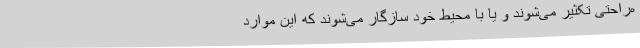
ه‌راحتی تکثیر می‌شوند و یا با محیط خود سازگار می‌شوند که این موارد